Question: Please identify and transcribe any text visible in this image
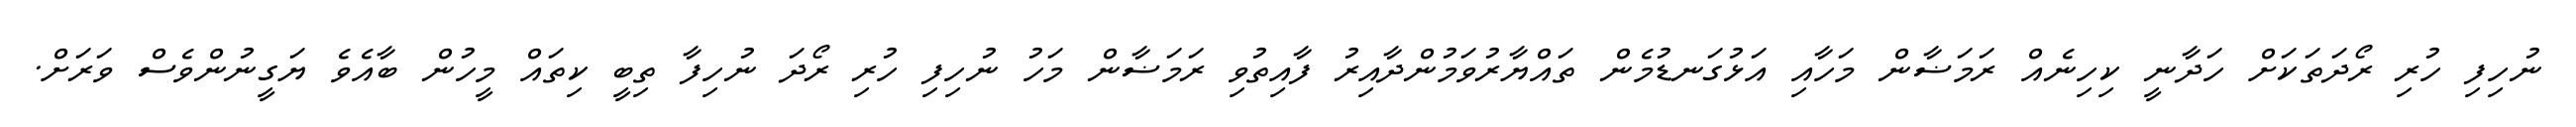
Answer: ނުހިފި ހުރި ރޯދަތަކަށް ހަދާނީ ކިހިނެއް ރަމަޟާން މަހާއި އަޅުގަނޑުމެން ތައްޔާރުވަމުންދާއިރު ފާއިތުވި ރަމަޟާން މަހު ނުހިފި ހުރި ރޯދަ ނުހިފާ ތިބީ ކިތައް މީހުން ބާއެވެ ޔަގީނުންވެސް ވަރަށް.